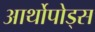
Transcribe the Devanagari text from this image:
आर्थोपोड्स